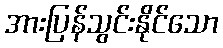
အားပြန်သွင်းနိုင်သော